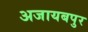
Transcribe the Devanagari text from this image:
अजायबपुर